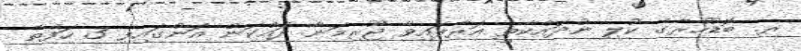
ރ. ބޮޑުހުރާގެ ކުލި ނުދައްކާތީ އަރާފައިވާ ޖޫރިމަނާ ދައްކަން އަންގައިފި 3 ހަފްތާ